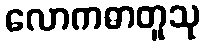
လောကဓာတူသု